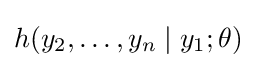
h(y_{2},\dots ,y_{n}\mid y_{1};\theta )